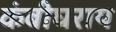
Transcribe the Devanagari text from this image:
कंबीघराय